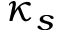
\kappa _ { s }